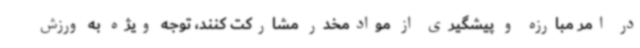
در امر مبارزه و پیشگیری از موادمخدر مشارکت کنند، توجه ویژه به ورزش